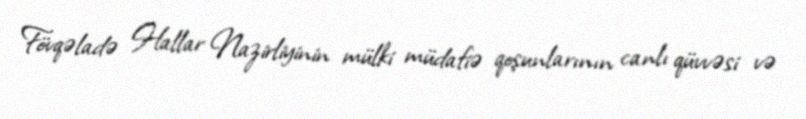
Fövqəladə Hallar Nazirliyinin mülki müdafiə qoşunlarının canlı qüvvəsi və